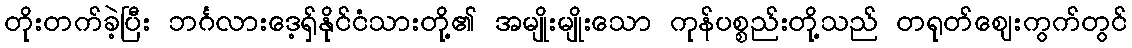
တိုးတက်ခဲ့ပြီး ဘင်္ဂလားဒေ့ရှ်နိုင်ငံသားတို့၏ အမျိုးမျိုးသော ကုန်ပစ္စည်းတို့သည် တရုတ်ဈေးကွက်တွင်